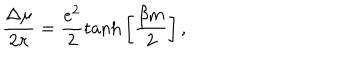
\frac { \Delta \mu } { 2 \pi } = \frac { e ^ { 2 } } { 2 } \mathrm { t a n h } \left[ \frac { \beta m } { 2 } \right] ,